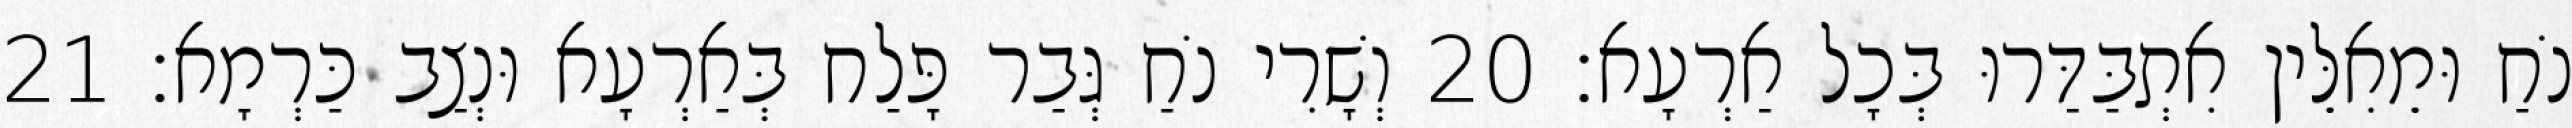
נֹחַ וּמֵאִלֵּין אִתְבַּדַּרוּ בְּכָל אַרְעָא׃ 20 וְשָׁרִי נֹחַ גְּבַר פָּלַח בְּאַרְעָא וּנְצַב כַּרְמָא׃ 21